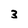
Character: 3